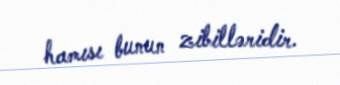
hamısı bunun zibilləridir.